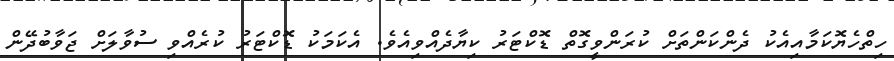
ހިތްހެޔޮކަމާއިއެކު ދެންކަންތަށް ކުރަންވީގޮތް ޑޮކްޓަރު ކިޔާދެއްވިއެވެ. އެކަމަކު ޑޮކްޓަރު ކުރެއްވި ސުވާލަށް ޖަވާބުދޭން